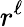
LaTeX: r^{\ell}